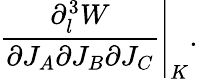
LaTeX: \left.{\frac{\partial_{l}^{3}W}{\partial J_{A}\partial J_{B}\partial J_{C}}}\right|_{K}.